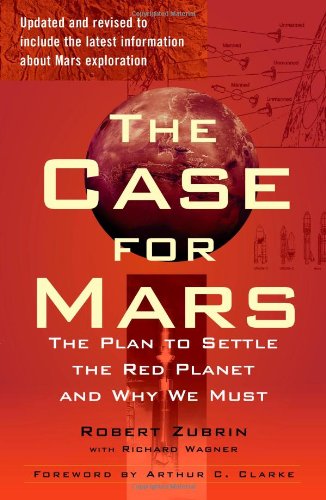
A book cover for The Case for Mars: The Plan to Settle the Red Planet and Why We Must; Robert Zubrin; Science & Math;